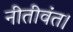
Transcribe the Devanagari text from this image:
नीतीवंत।